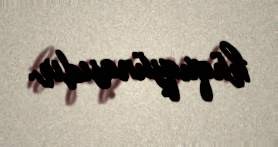
hüquqşünasıdır.